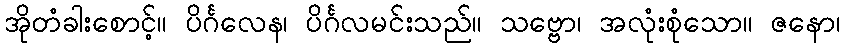
အိုတံခါးစောင့်။ ပိင်္ဂလေန၊ ပိင်္ဂလမင်းသည်။ သဗ္ဗော၊ အလုံးစုံသော။ ဇနော၊